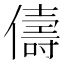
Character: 儔